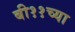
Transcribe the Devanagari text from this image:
बी११च्या